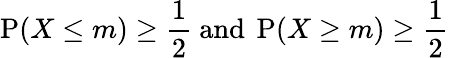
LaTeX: \operatorname{P}(X\leq m)\geq{\frac{1}{2}}{\mathrm{~and~}}\operatorname{P}(X\geq m)\geq{\frac{1}{2}}